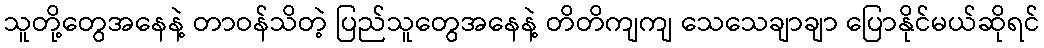
သူတို့တွေအနေနဲ့ တာဝန်သိတဲ့ ပြည်သူတွေအနေနဲ့ တိတိကျကျ သေသေချာချာ ပြောနိုင်မယ်ဆိုရင်